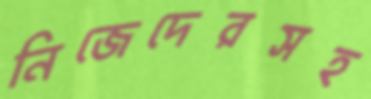
নিজেদেরসহ